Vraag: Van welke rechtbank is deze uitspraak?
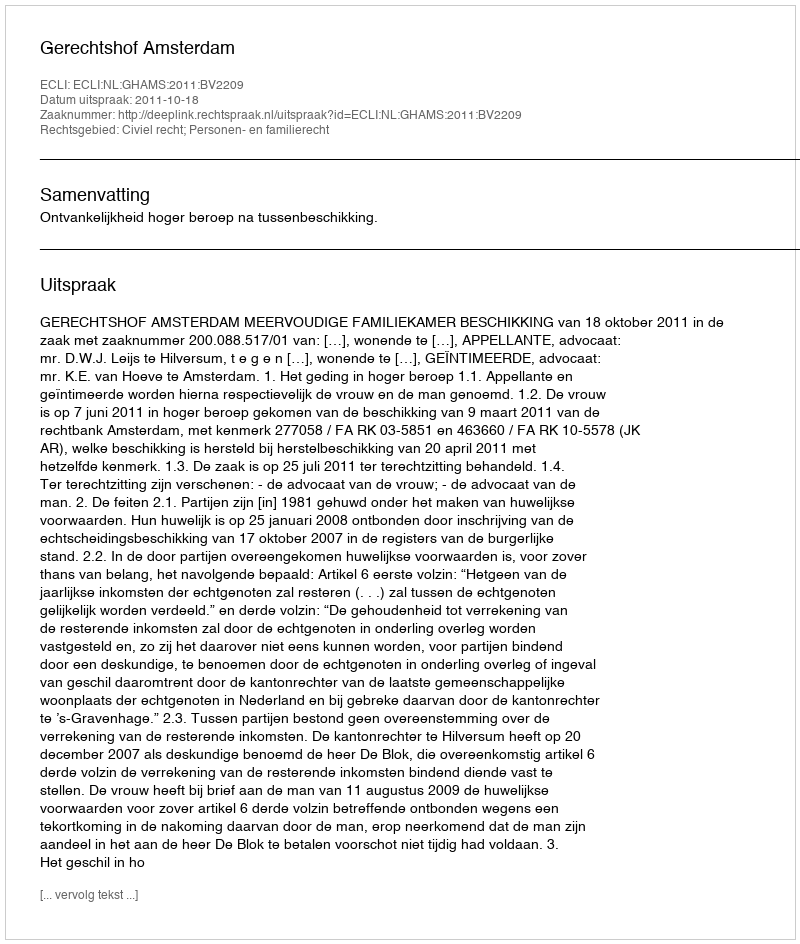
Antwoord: Gerechtshof Amsterdam